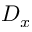
D _ { x }